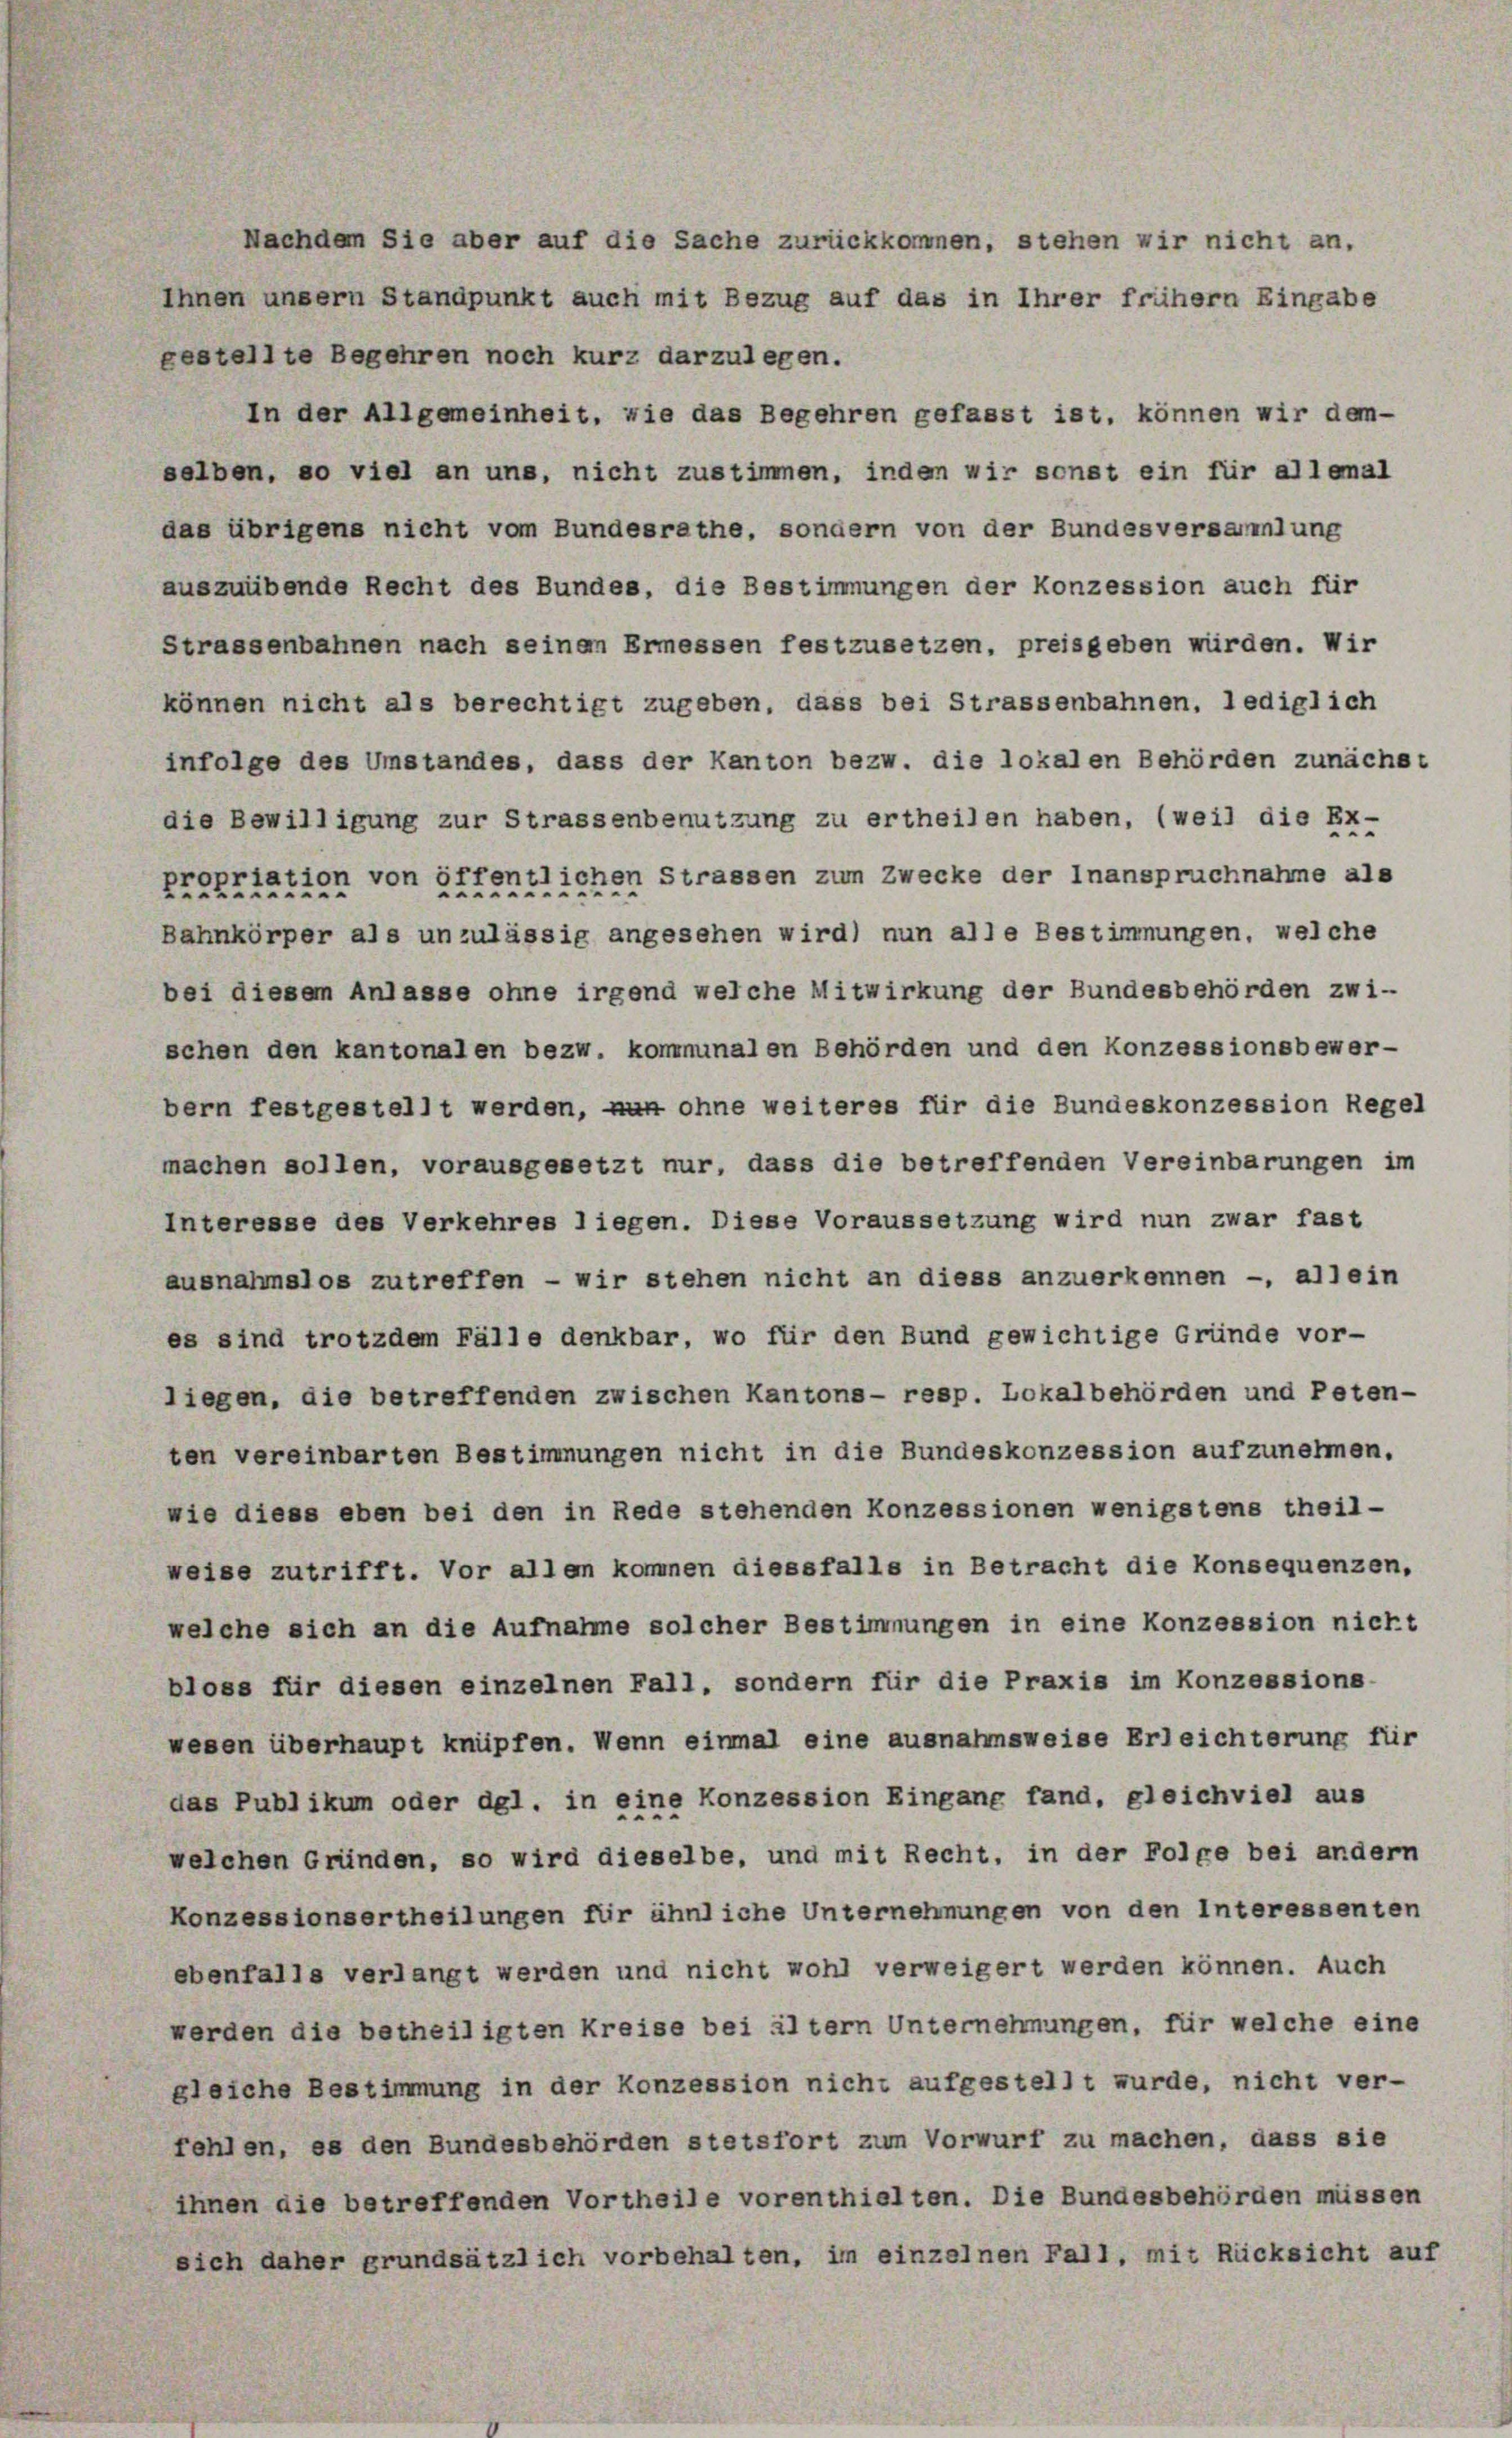
Ihnen unsern Standpunkt auch mit Bezug auf das in Ihrer frühem Eingabe
gestellte Begehren noch kurz darzulegen.
In der Allgemeinheit, wie das Begehren gefasst ist, können wir dem-
selben, so viel an uns, nicht zustimmen, inden wir sonst ein für allemal
das übrigens nicht vom Bundesrathe, sondern von der Bundesversammlung
auszuübende Recht des Bundes, die Bestimmungen der Konzession auch für
Strassenbahnen nach seinem Ermessen festzusetzen, preisgeben würden. Wir
können nicht als berechtigt zugeben, dass bei Strassenbahnen, lediglich
infolge des Umstandes, dass der Kanton bezw. die lokalen Behörden zunächer
die Bewilligung zur Strassenbenutzung zu ertheilen haben, (weil die Ex-
propriation von öffentlichen Strassen zum Zwecke der Inanspruchnahme als
Bahnkörper als unzulässig angesehen wird) nun alle Bestimmungen, welche
bei diesem Anlasse ohne irgend welche Mitwirkung der Bundesbehörden zwi-
schen den kantonalen bezw. kommunalen Behörden und den Konzessionsbewer-
bern festgestellt werden, nun ohne weiteres für die Bundeskonzession Regel
machen sollen, vorausgesetzt nur, dass die betreffenden Vereinbarungen im
Interesse des Verkehres liegen. Diese Voraussetzung wird nun zwar fast
ausnahmslos zutreffen - wir stehen nicht an diess anzuerkennen -, allein
es sind trotzdem Fälle denkbar, wo für den Bund gewichtige Gründe vor-
liegen, die betreffenden zwischen Kantons- resp. Lokalbehörden und Peten-
ten vereinbarten Bestimmungen nicht in die Bundeskonzession aufzunehmen.
wie diese eben bei den in Rede stehenden Konzessionen wenigstens theil-
weise zutrifft. Vor allen kommen diessfalle in Betracht die Konsequenzen,
welche sich an die Aufnahme solcher Bestimmungen in eine Konzession nicht
bloss für diesen einzelnen Fall, sondern für die Praxis im Konzessions-
wesen überhaupt knüpfen. Wenn einmal eine ausnahmsweise Erleichterung für
das Publikum oder dgl. in eine Konzession Eingang fand, gleichviel aus
welchen Gründen, so wird dieselbe, und mit Recht, in der Folge bei andern
Konzessionsertheilungen für ähnliche Unternehmungen von den Interessenten
ebenfalls verlangt werden und nicht wohl verweigert werden können. Auch
werden die betheiligten Kreise bei ältern Unternehmungen, für welche eine
gleiche Bestimmung in der Konzession nicht aufgestellt wurde, nicht ver-
fehlen, es den Bundesbehörden stetsfort zum Vorwurf zu machen, dass sie
ihnen die betreffenden Vortheile vorenthielten. Die Bundesbehörden müssen
sich daher grundsätzlich vorbehalten, im einzelnen Fall, mit Rücksicht auf

Nachdem Sie aber auf die Sache zurückkommen, stehen wir nicht an,